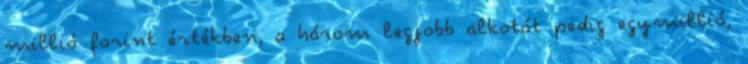
millió forint értékben, a három legjobb alkotót pedig egymillió,